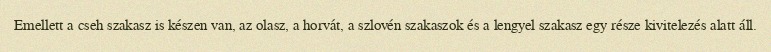
Emellett a cseh szakasz is készen van, az olasz, a horvát, a szlovén szakaszok és a lengyel szakasz egy része kivitelezés alatt áll.